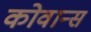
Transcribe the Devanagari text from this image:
कोवान्स